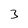
Character: 3